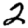
Digit: 2